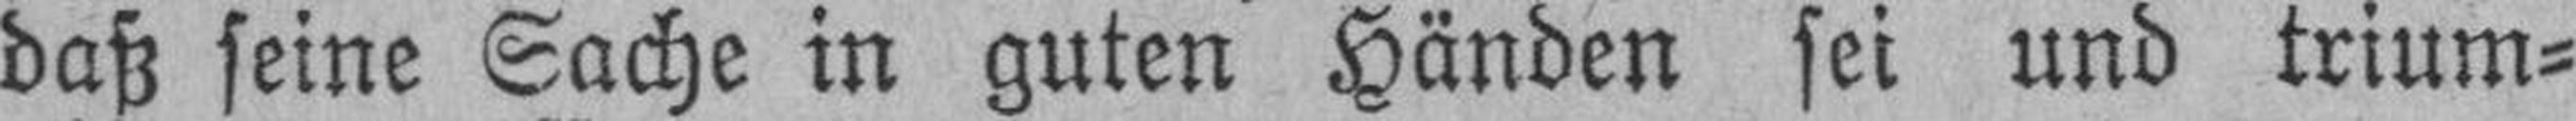
daß seine Sache in guten Händen sei und trium¬